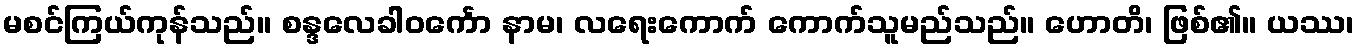
မစင်ကြယ်ကုန်သည်။ စန္ဒလေခါဝင်္ကော နာမ၊ လရေးကောက် ကောက်သူမည်သည်။ ဟောတိ၊ ဖြစ်၏။ ယဿ၊